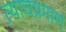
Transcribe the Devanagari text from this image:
त्याचप्रमाणं